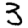
Digit: 3